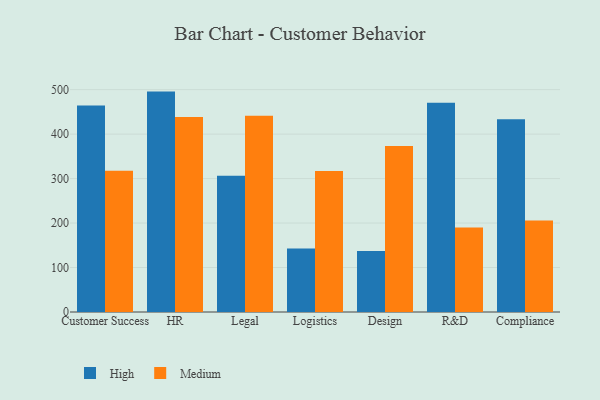
{"axis": {"x": "Department", "y": "Temperature (°C)"}, "legend": ["High", "Medium"], "data": [{"x": "Customer Success", "y": 464.4, "type": "High"}, {"x": "Customer Success", "y": 317.7, "type": "Medium"}, {"x": "HR", "y": 495.6, "type": "High"}, {"x": "HR", "y": 438.5, "type": "Medium"}, {"x": "Legal", "y": 306.1, "type": "High"}, {"x": "Legal", "y": 441.2, "type": "Medium"}, {"x": "Logistics", "y": 142.9, "type": "High"}, {"x": "Logistics", "y": 317.0, "type": "Medium"}, {"x": "Design", "y": 136.9, "type": "High"}, {"x": "Design", "y": 373.1, "type": "Medium"}, {"x": "R&D", "y": 470.5, "type": "High"}, {"x": "R&D", "y": 190.2, "type": "Medium"}, {"x": "Compliance", "y": 433.3, "type": "High"}, {"x": "Compliance", "y": 205.5, "type": "Medium"}]}